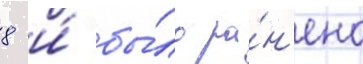
8 и́ бы́ло ра́н'ено